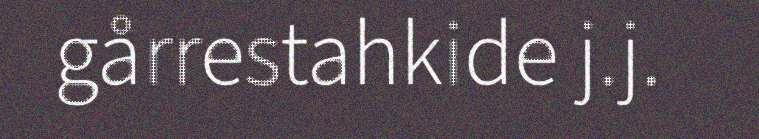
gårrestahkide j.j.